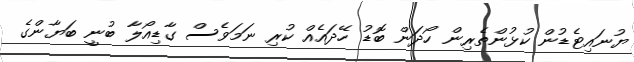
ޔުނައިޓެޑުން ކުޅުންތެރިން ހޯދަން ބޮޑު ހޭދައެއް ކުރި ނަމަވެސް ގާޑިއޯލާ ބުނީ ބަޔާންގެ